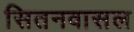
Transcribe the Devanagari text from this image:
सितनवासल